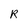
Character: R